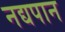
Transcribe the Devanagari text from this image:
नद्यपान